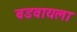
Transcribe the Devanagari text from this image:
बडवायला